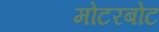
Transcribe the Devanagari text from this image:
मोटरबोट